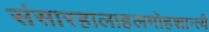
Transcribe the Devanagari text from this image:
संसारहालाहलमोहशान्त्यै